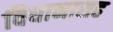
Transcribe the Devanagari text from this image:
विधानासह